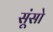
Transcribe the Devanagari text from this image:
सूंसो